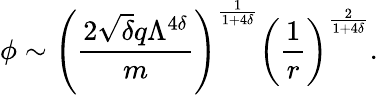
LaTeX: \phi\sim\left(\frac{2\sqrt{\delta}q\Lambda^{4\delta}}{m}\right)^{\frac{1}{1+4\delta}}\left(\frac{1}{r}\right)^{\frac{2}{1+4\delta}}.